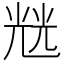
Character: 𭀬